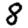
Digit: 8